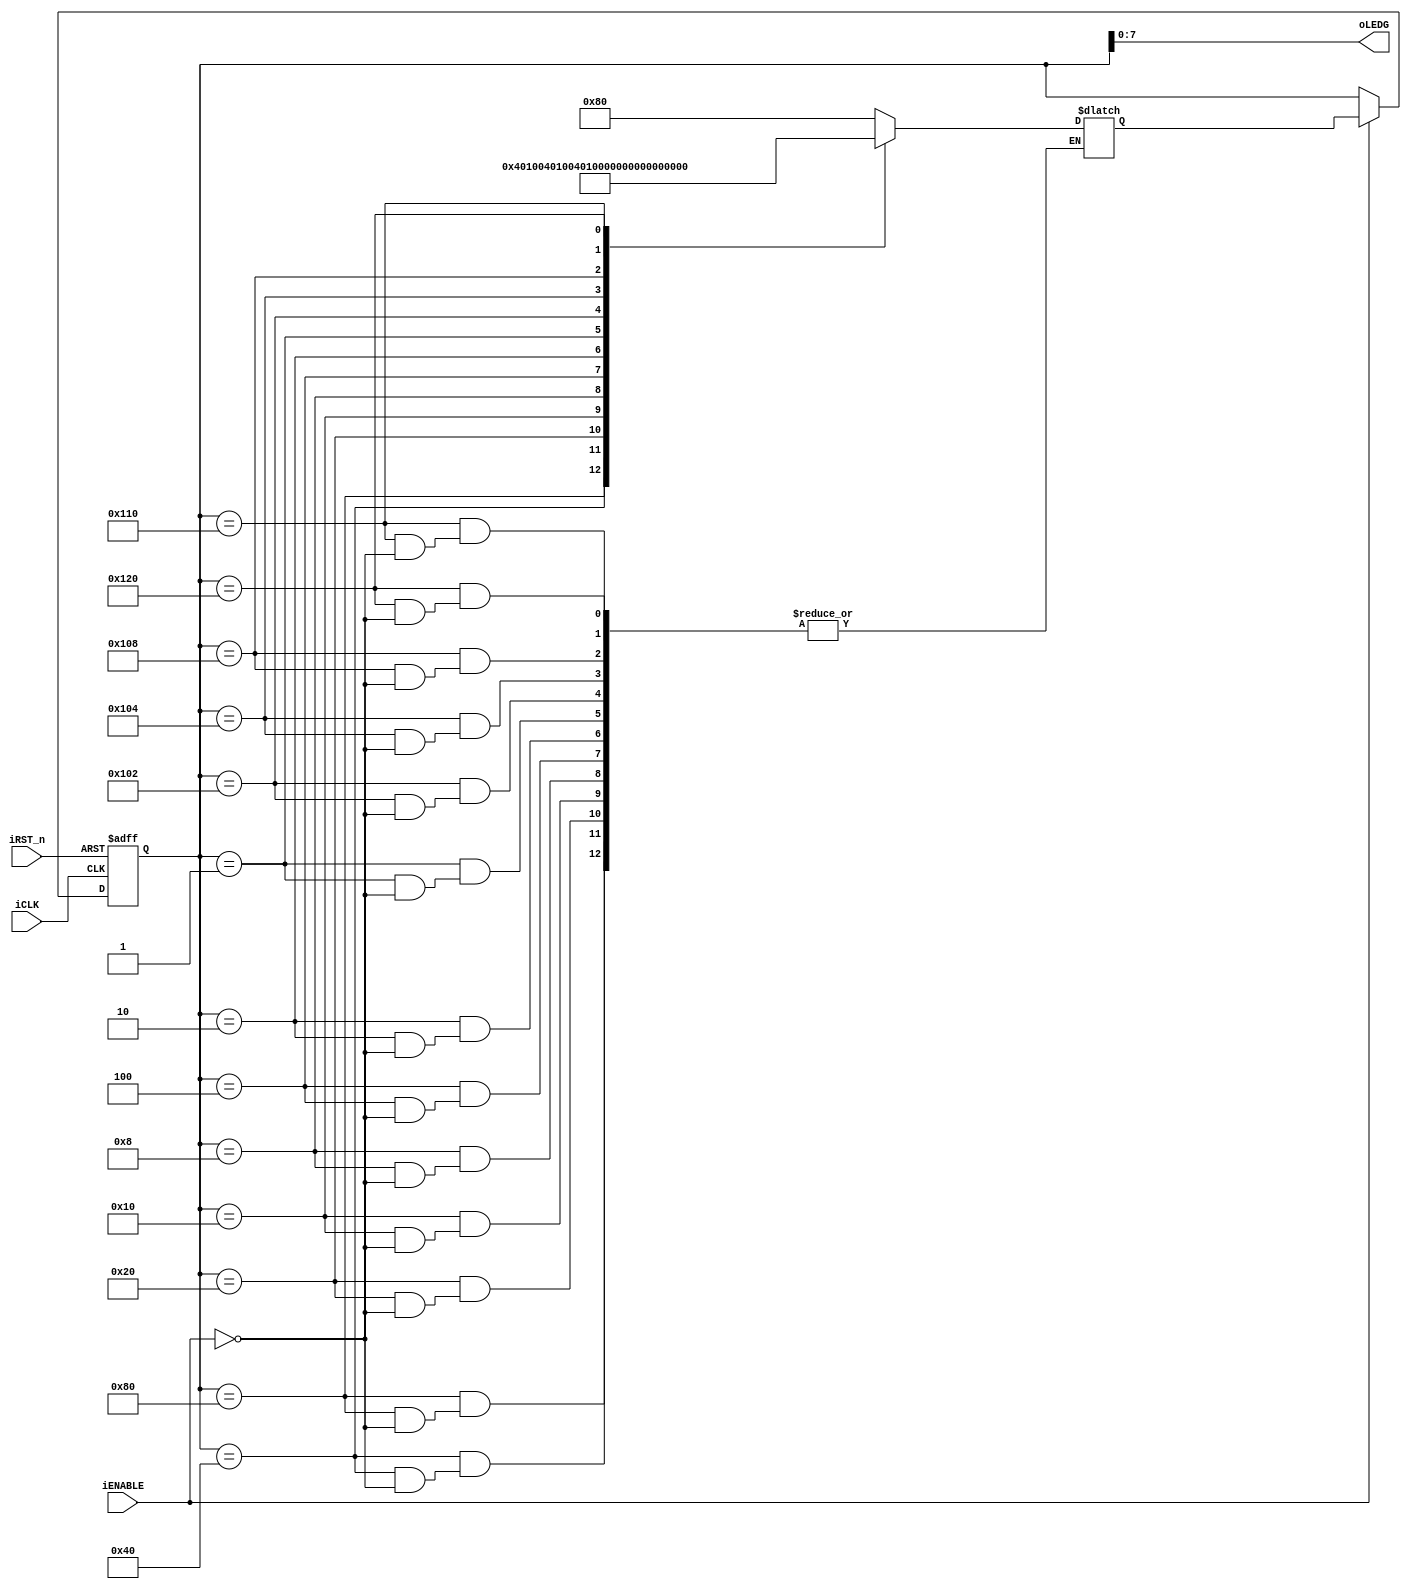
// -------------------------------------------------------------------------------------------------------------------------
// Universitat Politcnica de Valncia
// Escuela Tcnica Superior de Ingenieros de Telecomunicacin
// -------------------------------------------------------------------------------------------------------------------------
// Sistemas Digitales Programables
// Curso 2021 - 2022
// -------------------------------------------------------------------------------------------------------------------------
// Nombre del archivo: medvedev_kit_LS.v
//
// Descripcin: Este cdigo Verilog implementa la mquina de estados Medvedev de la subtarea 3 de la Tarea 2 (paso 1).
// Simula el contador jonhson y el codificador de la Tarea 1. Sus funcionalidades son:
//      - Funciona a flanco positivo del reloj de 50MHz
//      - Reset asincrono y activo a nivel bajo
//      - Enable activo a nivel alto
//		  - 14 estados inplementados con 9bits [8:0] donde el MSB indica los estados posteriores al estado 8 dado a la codificacin
//			 one-hot para la salida de los LED's
//      - Salida [7:0] correspondiente al estado de los LED's
//
// Adems se implementa la conexin con el contador con TC a 10 Hz (paso 1) para el TB del FSM.
// Por lo tanto este modulo paso1 tendr:
//		  - Un contador de modulo 5000000
//		  - Reloj, reset y enable igual que el modulo del FSM
//		  - El UP_DOWN del contador esta conectado al enebale (siempre contar hacia arriba)
//		  - El clock del FSM esta conectado al TC para realizar las pruebas (cambio estado a 10Hz)
// -------------------------------------------------------------------------------------------------------------------------
//      Versin: V1.0                   | Fecha Modificacin: 11/11/2021
//
//      Autor: Jose Luis Rocabado Rocha
// 	    Autor: Rafael Matevosyan
//
// -------------------------------------------------------------------------------------------------------------------------

module medvedev_kit_LS (
    input iCLK, iRST_n, iENABLE,
    output [7:0] oLEDG 
);

// changing the state encoding type to user define
(* syn_encoding = "user"*)

//declaring variables
reg [8:0] Estado_actual, Estado_siguiente;

//declaring parameters
//The MSB of the 9 bits allow us to differenciate between the 14 states of the FSM
parameter S1 = 9'b010000000, S2 = 9'b001000000, S3 = 9'b000100000, S4 = 9'b000010000;
parameter S5 = 9'b000001000, S6 = 9'b000000100, S7 = 9'b000000010, S8 = 9'b000000001; 
parameter S9 = {1'b1, S7[7:0]}, S10 = {1'b1, S6[7:0]}, S11 = {1'b1, S5[7:0]};
parameter S12 = {1'b1, S4[7:0]}, S13 = {1'b1, S3[7:0]}, S14 = {1'b1, S2[7:0]};

//next state logic
always @(Estado_actual, iENABLE) 
begin
    case (Estado_actual)
        S1:
            if (iENABLE) // internally if it's not it stays the same
                Estado_siguiente = S2;
        S2:
            if (iENABLE) 
                Estado_siguiente = S3;
        S3:
            if (iENABLE)
                Estado_siguiente = S4;
        S4:
            if (iENABLE) 
                Estado_siguiente = S5;
        S5:
            if (iENABLE) 
                Estado_siguiente = S6;
        S6:
            if (iENABLE)
                Estado_siguiente = S7;
        S7:
            if (iENABLE) 
                Estado_siguiente = S8;
        S8:
            if (iENABLE) 
                Estado_siguiente = S9;
        S9:
            if (iENABLE)
                Estado_siguiente = S10;
        S10:
            if (iENABLE) 
                Estado_siguiente = S11;
        S11:
            if (iENABLE) 
                Estado_siguiente = S12;
        S12:
            if (iENABLE)
                Estado_siguiente = S13;
        S13:
            if (iENABLE) 
                Estado_siguiente = S14;
        default: Estado_siguiente = S1;
    endcase
end

// State memory
always @(posedge iCLK, negedge iRST_n) 
begin
    if (!iRST_n)
        Estado_actual <= S1;
    else 
        if (iENABLE)
            Estado_actual <= Estado_siguiente;  
end

//assigning the output without taking into account the MSB of the state
assign oLEDG = Estado_actual[7:0];

endmodule